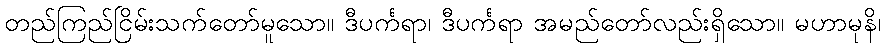
တည်ကြည်ငြိမ်းသက်တော်မူသော။ ဒီပင်္ကရာ၊ ဒီပင်္ကရာ အမည်တော်လည်းရှိသော။ မဟာမုနိ၊